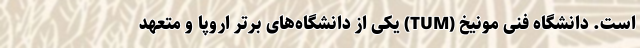
است. دانشگاه فنی مونیخ (TUM) یکی از دانشگاه‌های برتر اروپا و متعهد